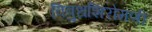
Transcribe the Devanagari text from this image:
विबुधशिरोमणी